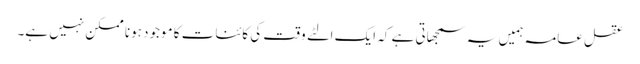
عقل عامہ ہمیں یہ سمجھاتی ہے کہ ایک الٹے وقت کی کائنات کا موجود ہونا ممکن نہیں ہے۔